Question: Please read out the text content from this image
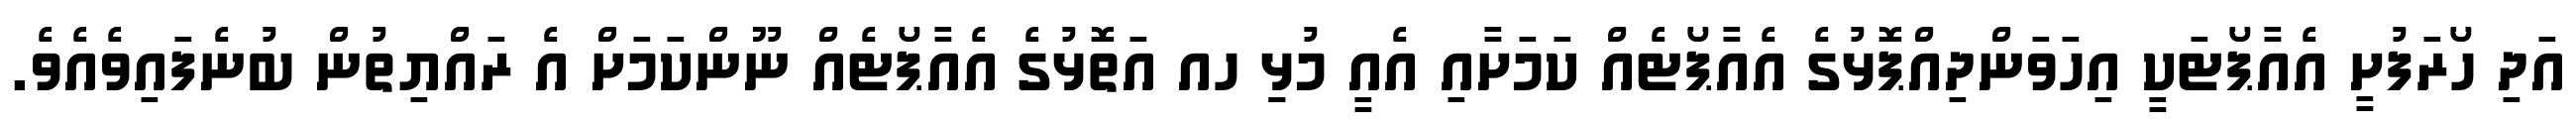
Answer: އަދި ހޯރަފުށީ އެއާޕޯޓަކީ އިހަވަންދިއްޕޮޅުގެ އެއާޕޯޓެއް ކަމަށާއި އެއީ މުޅިި ހއ އަތޮޅުގެ އެއާޕޯޓެއް ނޫންކަމަށް އެ ރައްޔިތުން ބުނެފައިވެއެވެ.